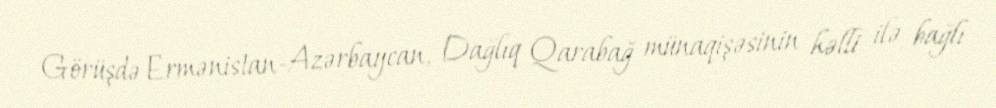
Görüşdə Ermənistan-Azərbaycan, Dağlıq Qarabağ münaqişəsinin həlli ilə bağlı